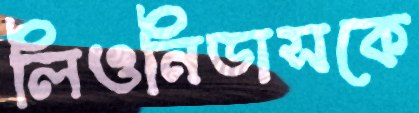
লিওনিডাসকে